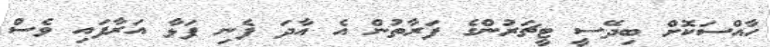
ހާއްސަކޮށް ބިދޭސީ ޓީޗަރުންގެ ފަރާތުން އެ އާދަ ފެނި ފަޅާ އަރާފައި ވެސް